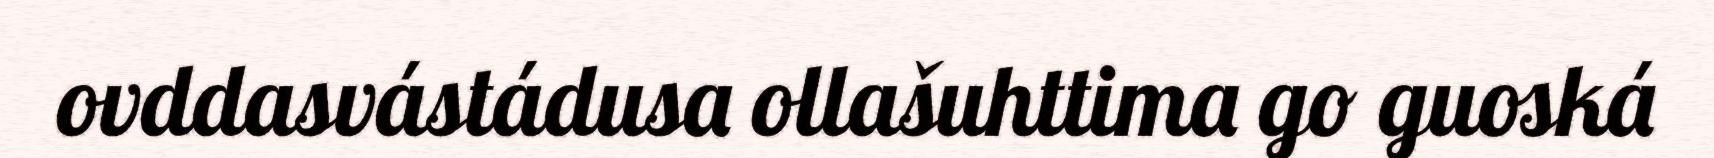
ovddasvástádusa ollašuhttima go guoská